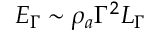
E _ { \Gamma } \sim \rho _ { a } \Gamma ^ { 2 } L _ { \Gamma }